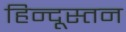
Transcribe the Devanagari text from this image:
हिन्दूस्तन